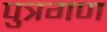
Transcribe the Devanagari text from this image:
पुत्रगण